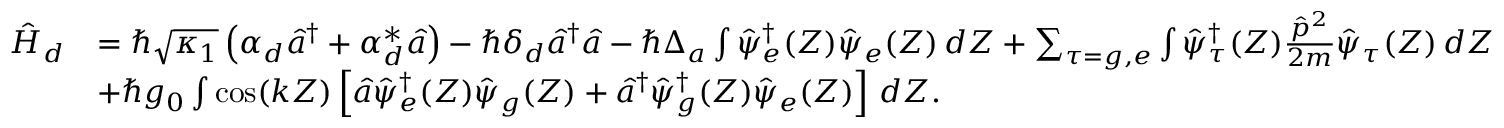
\begin{array} { r l } { \hat { H } _ { d } } & { = \hbar \sqrt { \kappa _ { 1 } } \left( \alpha _ { d } \hat { a } ^ { \dagger } + \alpha _ { d } ^ { * } \hat { a } \right) - \hbar \delta _ { d } \hat { a } ^ { \dagger } \hat { a } - \hbar \Delta _ { a } \int \hat { \psi } _ { e } ^ { \dagger } ( Z ) \hat { \psi } _ { e } ( Z ) \, d Z + \sum _ { \tau = g , e } \int \hat { \psi } _ { \tau } ^ { \dagger } ( Z ) \frac { \hat { p } ^ { 2 } } { 2 m } \hat { \psi } _ { \tau } ( Z ) \, d Z } \\ & { + \hbar g _ { 0 } \int \cos ( k Z ) \left[ \hat { a } \hat { \psi } _ { e } ^ { \dagger } ( Z ) \hat { \psi } _ { g } ( Z ) + \hat { a } ^ { \dagger } \hat { \psi } _ { g } ^ { \dagger } ( Z ) \hat { \psi } _ { e } ( Z ) \right] \, d Z . } \end{array}